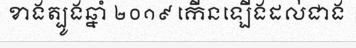
ខាងត្បូងឆ្នាំ ២០១៩ កើនឡើងដល់ជាង